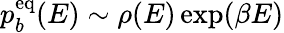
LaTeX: p_{b}^{\mathrm{eq}}(E)\sim\rho(E)\exp(\beta E)